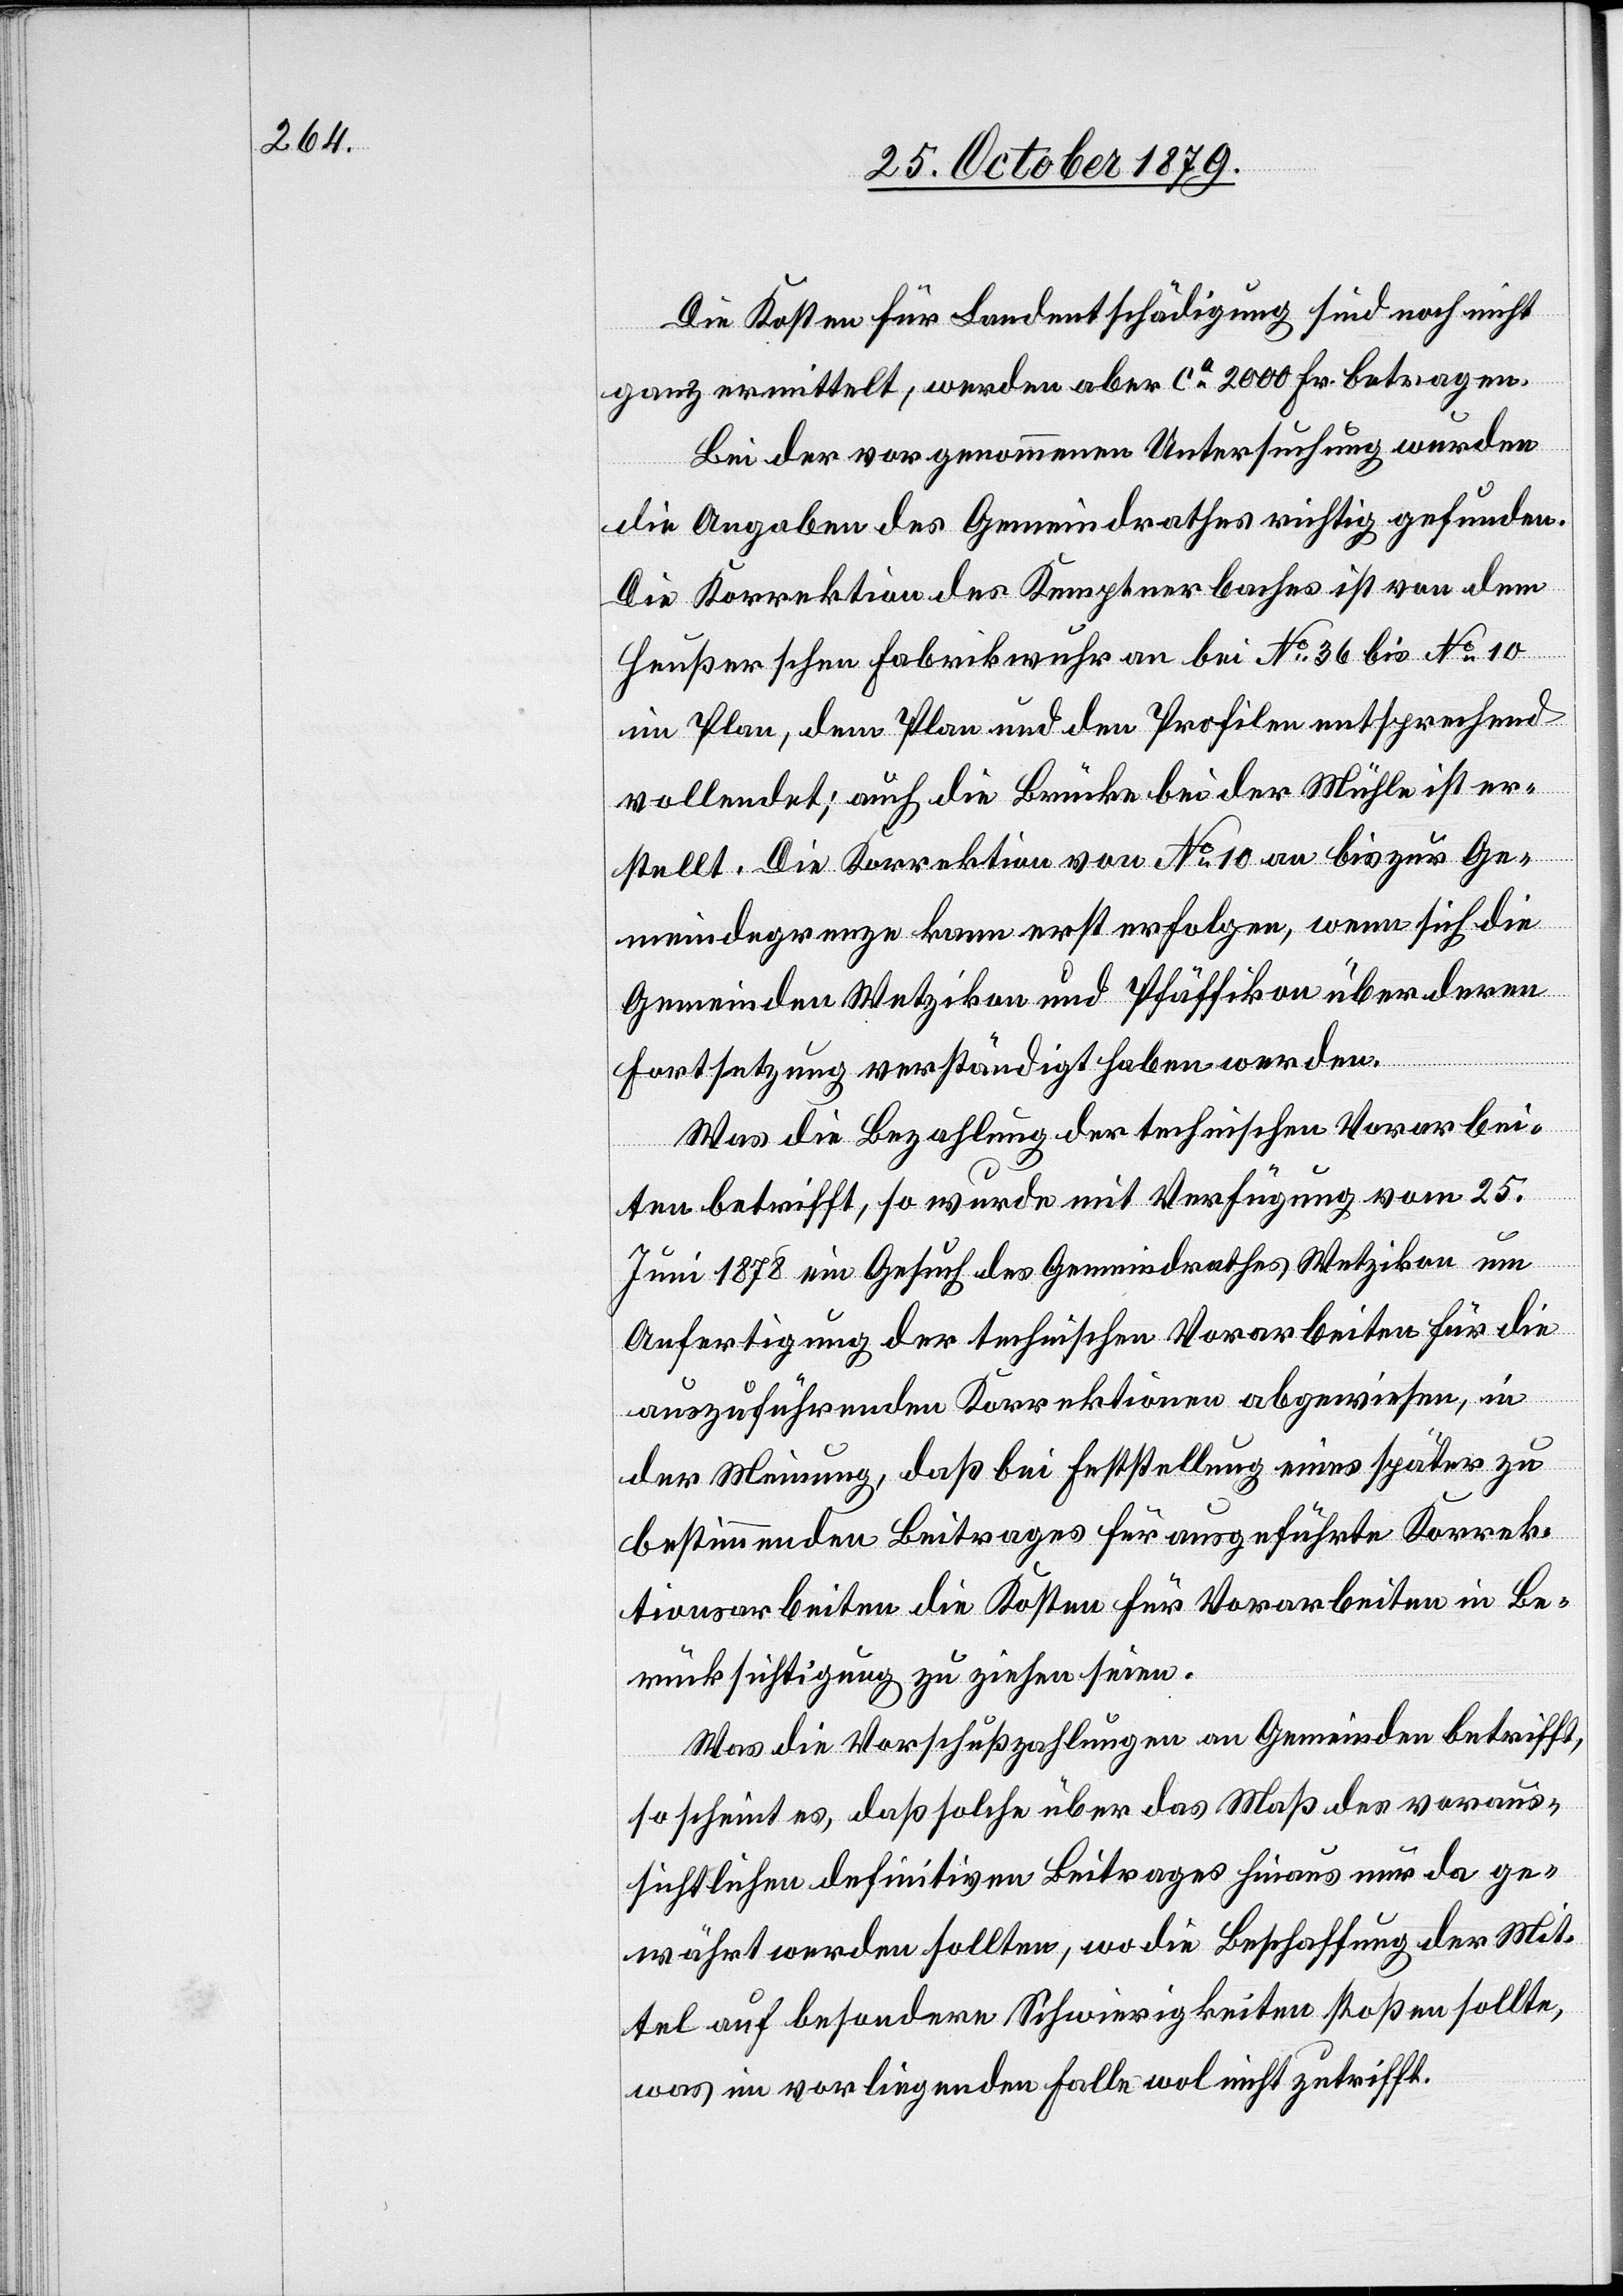
Die Kosten für Landrechtentschädigung sind noch nicht
ganz ermittelt, werden aber ca 2000 Fr. betragen.
Bei der vorgenommenen Untersuchung wurden
die Angaben des Gemeindrathes richtig gefunden.
Die Korrektion des Kemptnerbaches ist von dem
Heußerschen Fabrikwuhr an bis No 36 bis No 10
im Plan, dem Plan und den Profilen entsprechend
vollendet; auch die Brücke bei der Mühle ist er¬
stellt. Die Korrektion von No 10 an bis zur Ge¬
meindegrenze kann erst erfolgen, wenn sich die
Gemeinden Wetzikon und Pfäffikon über deren
Fortsetzung verständigt haben werden.
Was die Bezahlung der technischen Vorarbei¬
ten betrifft, so wurde mit Verfügung vom 25.
Juni 1878 ein Gesuch des Gemeindrathes Wetzikon um
Anfertigung der technischen Vorarbeiten für die
auszuführenden Korrektionen abgewiesen, in
der Meinung, daß bei Feststellung eines später zu
bestimmenden Beitrages für ausgeführte Korrek¬
tionsarbeiten die Kosten für Vorarbeiten in Be¬
rücksichtigung zu ziehen seien.
Was die Vorschußzahlungen an Gemeinden betrifft,
so scheint es, daß solche über das Maß des voraus¬
sichtlichen definitiven Beitrages hinaus nur da ge¬
währt werden sollten, wo die Beschaffung der Mit¬
tel auf besondere Schwierigkeiten stoßen sollte,
was im vorliegenden Falle wol nicht zutrifft.